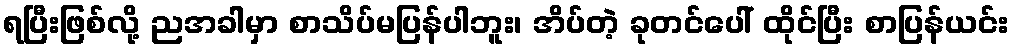
ရပြီးဖြစ်လို့ ညအခါမှာ စာသိပ်မပြန်ပါဘူး၊ အိပ်တဲ့ ခုတင်ပေါ် ထိုင်ပြီး စာပြန်ယင်း